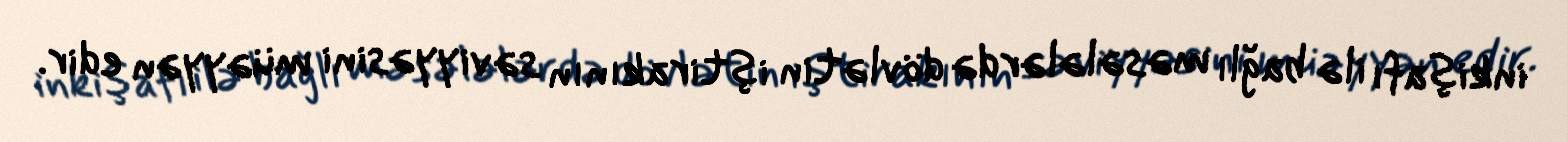
inkişafı ilə bağlı məsələlərdə dövlətin iştirakının səviyyəsini müəyyən edir.